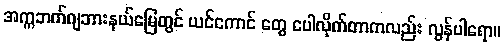
အက္ကဘက်ဂျဘားနယ်မြေတွင် ယင်ကောင် တွေ ပေါလိုက်တာကလည်း လွန်ပါရော။